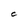
Character: C